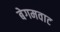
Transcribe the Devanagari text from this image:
बेगमवाट